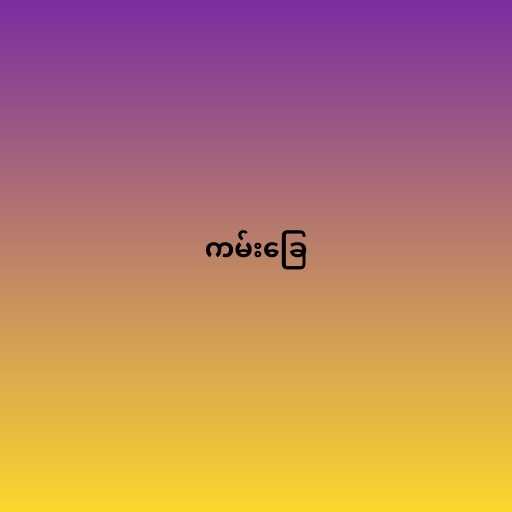
ကမ်းခြေ